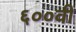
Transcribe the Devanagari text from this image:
६००वी